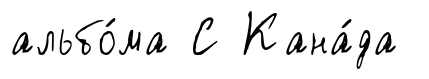
альбо́ма С Кана́да